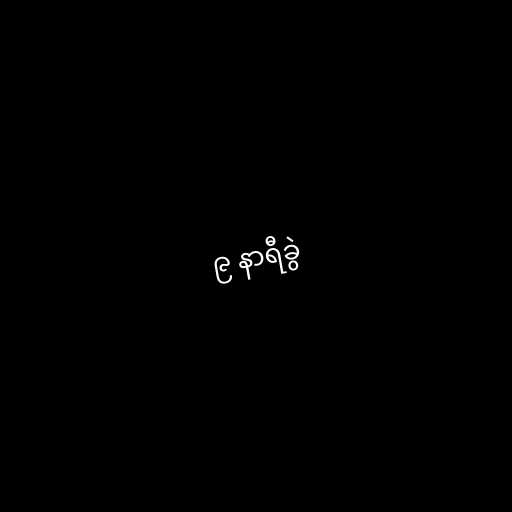
၉ နာရီခွဲ